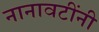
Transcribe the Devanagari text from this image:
नानावटींनी